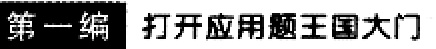
第一编 打开应用题王国大门